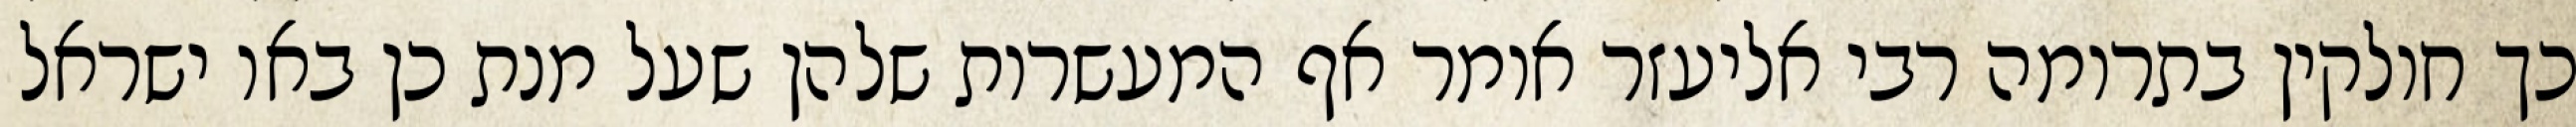
כך חולקין בתרומה רבי אליעזר אומר אף המעשרות שלהן שעל מנת כן באו ישראל